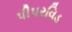
પીપરવિડ